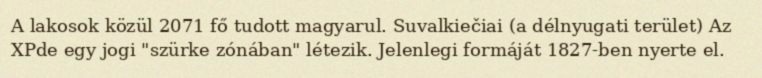
A lakosok közül 2071 fő tudott magyarul. Suvalkiečiai (a délnyugati terület) Az XPde egy jogi "szürke zónában" létezik. Jelenlegi formáját 1827-ben nyerte el.